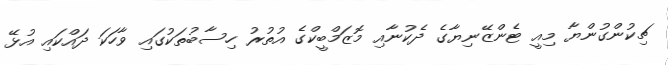
ޗިކުންގުންޔާ މިއީ ޓެންޒޭނިޔާގެ ދެކުނާއި މޮޒަމްބީކްގެ އުތުރު ހިސާބުތަކުގައި ވާހަކަ ދައްކައި އުޅޭ